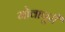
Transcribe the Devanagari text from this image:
गोवापुरी